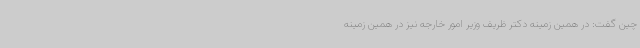
چین گفت: در همین زمینه دکتر ظریف وزیر امور خارجه نیز در همین زمینه